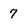
Character: 7